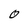
Character: 0